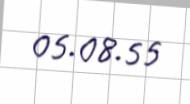
05.08.55